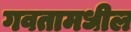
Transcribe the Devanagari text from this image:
गवतामधील